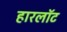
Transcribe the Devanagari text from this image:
हारलॉट